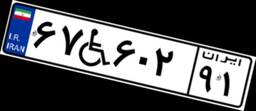
۴۰W۱۳۵۴۲